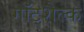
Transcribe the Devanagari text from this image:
गॉट्शैल्क